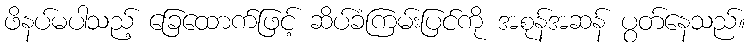
ဖိနပ်မပါသည့် ခြေထောက်ဖြင့် ဆိပ်ခံကြမ်းပြင်ကို အစုန်အဆန် ပွတ်နေသည်။